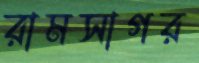
রামসাগর